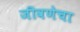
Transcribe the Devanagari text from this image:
जीवणेचा